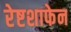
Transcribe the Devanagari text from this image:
रेष्टशाफेन